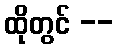
ထိုတွင် --